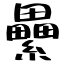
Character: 纍